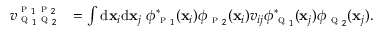
\begin{array} { r l } { { v } _ { \textsc { q } _ { 1 } \textsc { q } _ { 2 } } ^ { \textsc { p } _ { 1 } \textsc { p } _ { 2 } } } & { = \int \mathrm { d } \mathbf { x } _ { i } \mathrm { d } \mathbf { x } _ { j } \; \phi _ { \textsc { p } _ { 1 } } ^ { * } ( \mathbf { x } _ { i } ) \phi _ { \textsc { p } _ { 2 } } ( \mathbf { x } _ { i } ) v _ { i j } \phi _ { \textsc { q } _ { 1 } } ^ { * } ( \mathbf { x } _ { j } ) \phi _ { \textsc { q } _ { 2 } } ( \mathbf { x } _ { j } ) . } \end{array}